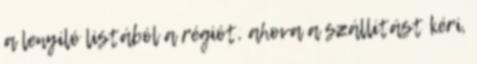
a lenyíló listából a régiót, ahova a szállítást kéri,